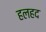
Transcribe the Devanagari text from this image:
हलहद